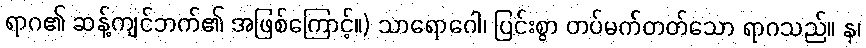
ရာဂ၏ ဆန့်ကျင်ဘက်၏ အဖြစ်ကြောင့်။) သာရောဂေါ၊ ပြင်းစွာ တပ်မက်တတ်သော ရာဂသည်။ န၊